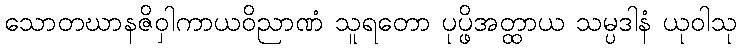
သောတဃာနဇိဝှါကာယဝိညာဏံ သူရတော ပုပ္ဖိအတ္ထာယ သမ္ပဒါနံ ယုဝါသု